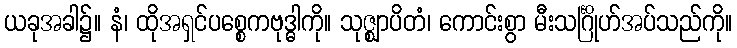
ယခုအခါ၌။ နံ၊ ထိုအရှင်ပစ္စေကဗုဒ္ဓါကို။ သုဇ္ဈာပိတံ၊ ကောင်းစွာ မီးသင်္ဂြိုဟ်အပ်သည်ကို။